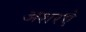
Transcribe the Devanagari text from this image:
अशरऐ